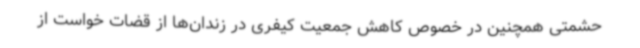
حشمتی همچنین در خصوص کاهش جمعیت کیفری در زندان‌ها از قضات خواست از